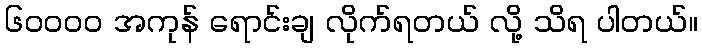
၆၀၀၀၀ အကုန် ရောင်းချ လိုက်ရတယ် လို့ သိရ ပါတယ်။